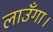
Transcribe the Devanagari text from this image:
लाउँगा।